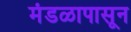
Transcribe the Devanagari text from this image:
मंडळापासून